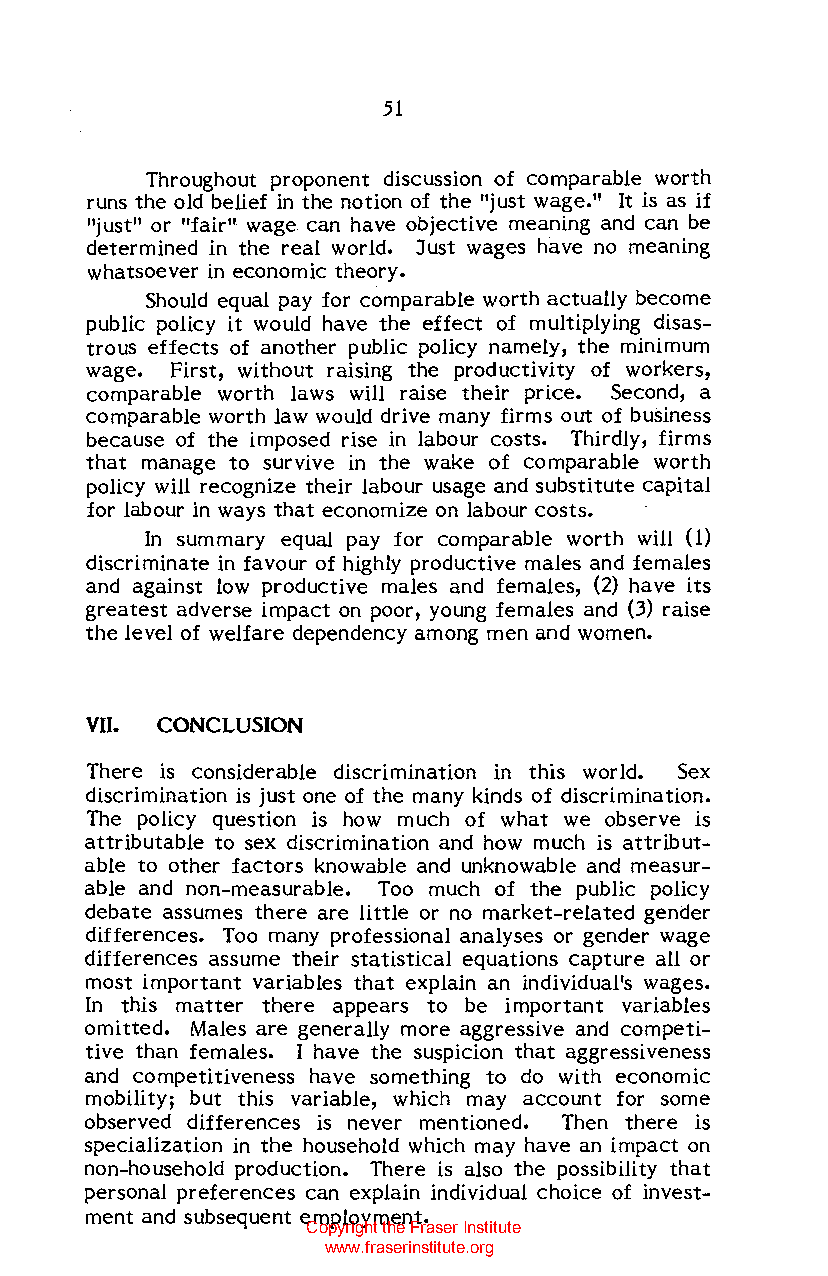
51
 Throughout proponent discussion of comparable worth
 runs the old belief in the notion of the "just wage." It is as if
 "just" or "fair" wage can have objective meaning and can be
 determined in the real world. Just wages have no meaning
 whatsoever in economic theory.
 Should equal pay for comparable worth actually become
 public policy it would have the effect of multiplying disas
 trous effects of another public policy namely, the minimum
 wage. First, without raising the productivity of workers,
 comparable worth laws will raise their price. Second, a
 comparable worth law would drive many firms out of business
 because of the imposed rise in labour costs. Thirdly, firms
 that manage to survive in the wake of comparable worth
 policy will recognize their labour usage and substitute capital
 for labour in ways that economize on labour costs.
 In summary equal pay for comparable worth will (1)
 discriminate in favour of highly productive males and females
 and against low productive males and females, (2) have its
 greatest adverse impact on poor, young females and (3) raise
 the level of welfare dependency among men and women.
 VII. CONCLUSION
 There is considerable discrimination in this world. Sex
 discrimination is just one of the many kinds of discrimination.
 The policy question is how much of what we observe is
 attributable to sex discrimination and how much is attribut
 able to other factors knowable and unknowable and measur
 able and non-measurable. Too much of the public policy
 debate assumes there are little or no market-related gender
 differences. Too many professional analyses or gender wage
 differences assume their statistical equations capture all or
 most important variables that explain an individual's wages.
 In this matter there appears to be important variables
 omitted. Males are generally more aggressive and competi
 tive than females. I have the suspicion that aggressiveness
 and competitiveness have something to do with economic
 mobility; but this variable, which may account for some
 observed differences is never mentioned. Then there is
 specialization in the household which may have an impact on
 non-household production. There is also the possibility that
 personal preferences can explain individual choice of invest
 ment and subsequent employment.
 Copyright the Fraser Institute
 www.fraserinstitute.org